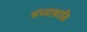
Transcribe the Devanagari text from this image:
संध्याकाळि